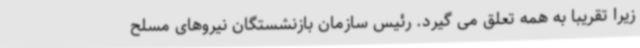
زیرا تقریبا به همه تعلق می گیرد. رئیس سازمان بازنشستگان نیروهای مسلح